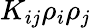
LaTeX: K_{ij}\rho_{i}\rho_{j}